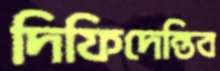
দিফিদেন্তিব